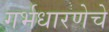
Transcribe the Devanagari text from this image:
गर्भधारणेचे